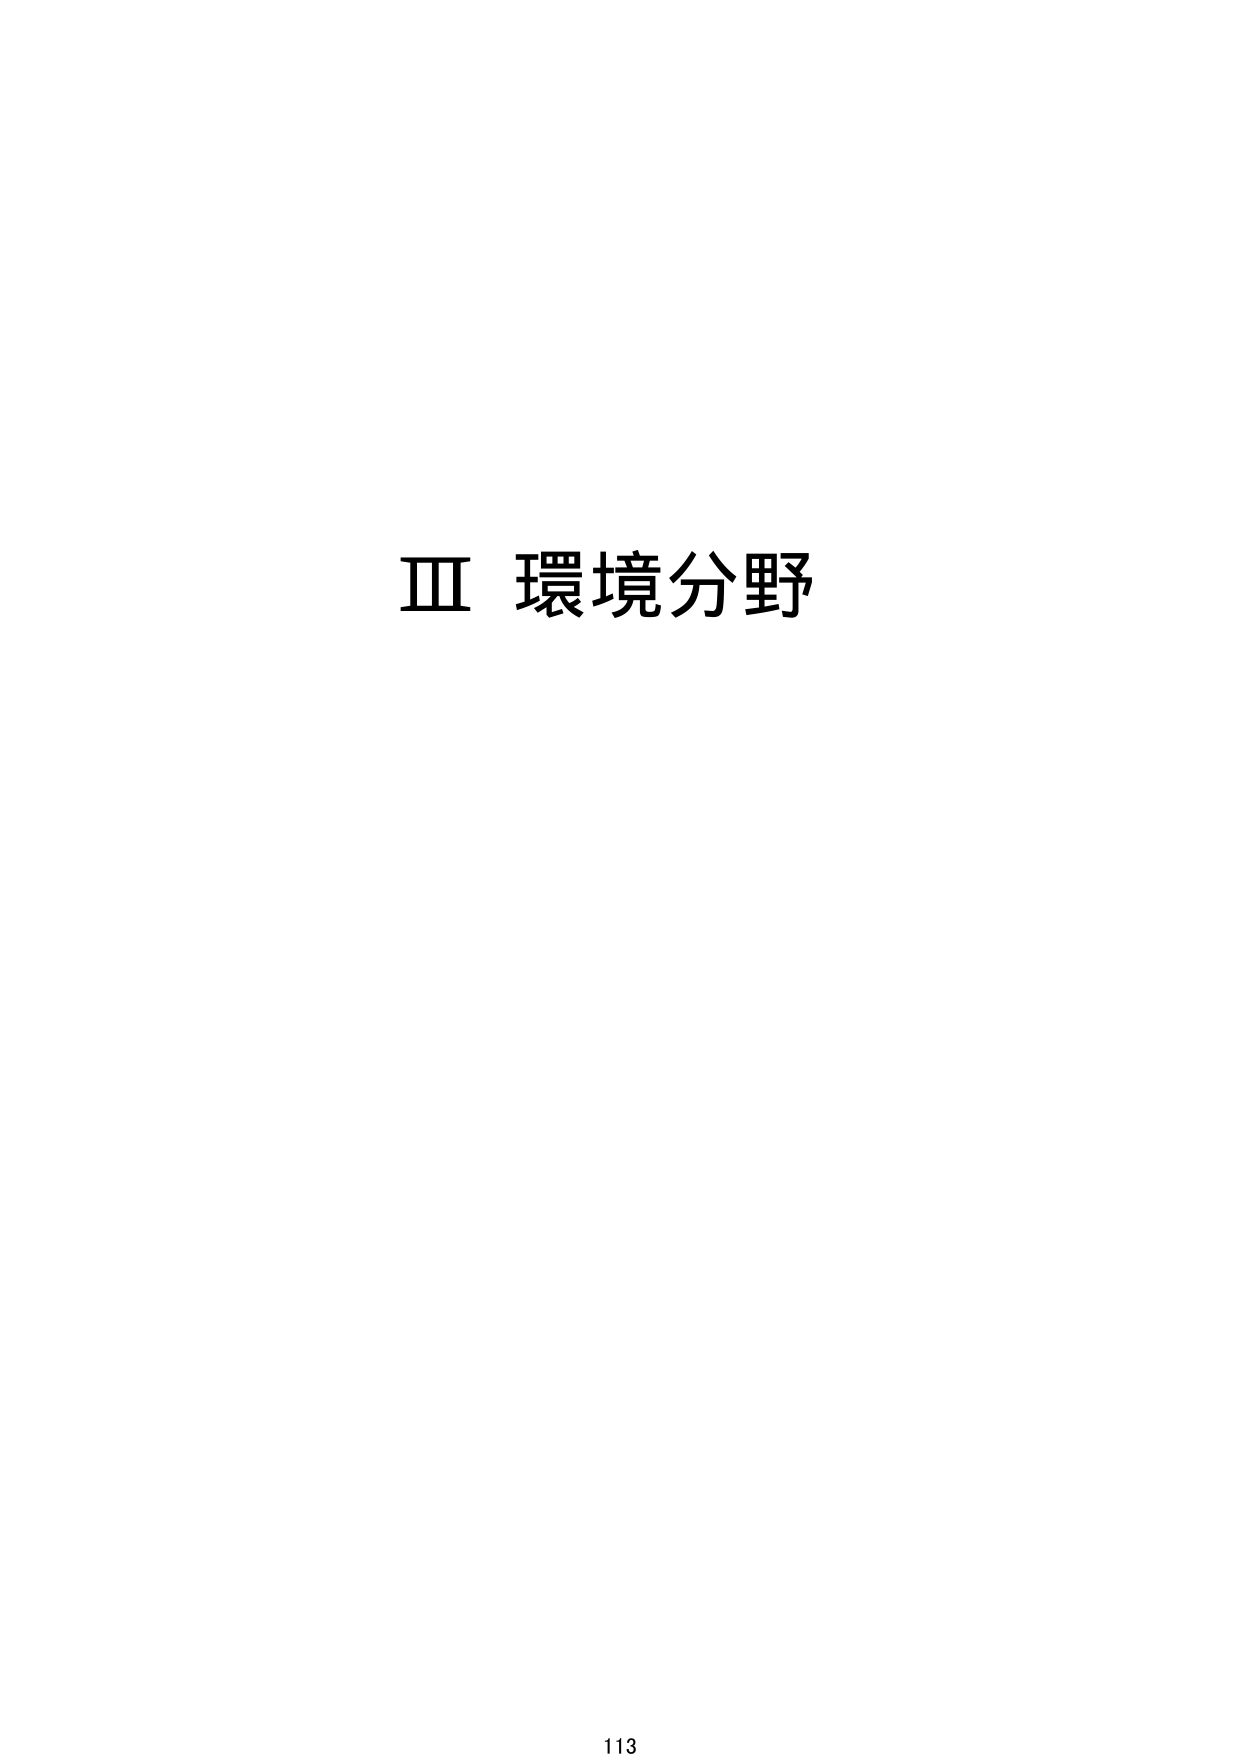
Ⅲ 環境分野

113